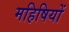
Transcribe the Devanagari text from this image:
महिषियों